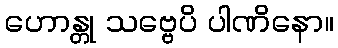
ဟောန္တု သဗ္ဗေပိ ပါဏိနော။